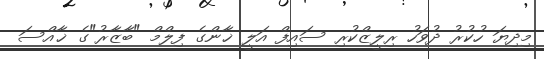
މިދިޔަ ހުކުރު ދުވަހު ރިލީޒްކުރި ސައިފް އަލީ ޚާންގެ ފިލްމް "ބާޒާރު"ގެ ޚާއްސަ